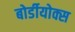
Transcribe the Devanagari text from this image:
बोर्डीयोक्स